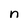
Character: n